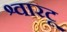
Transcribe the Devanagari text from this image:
श्वारटू